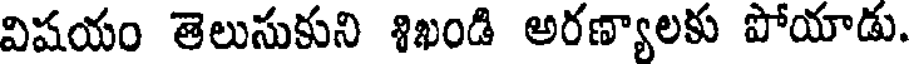
విషయం తెలుసుకుని శిఖండి అరణ్యాలకు పోయాడు.